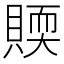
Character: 䞂